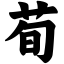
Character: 荀